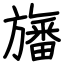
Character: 旛